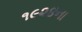
૧૯૨૪ના